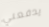
يدفعني